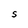
Character: S